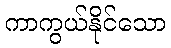
ကာကွယ်နိုင်သော